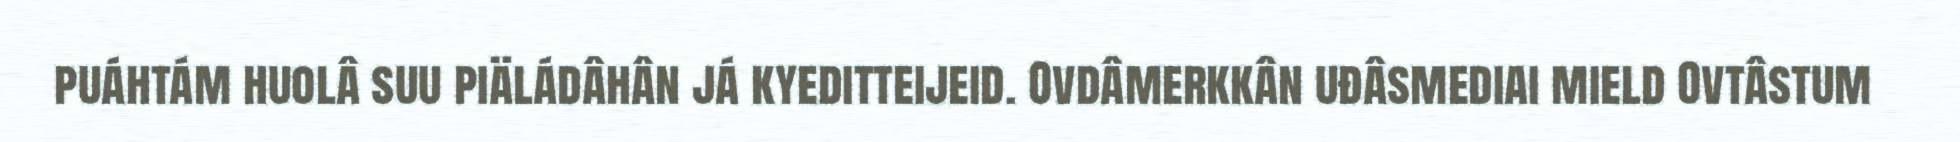
puáhtám huolâ suu piäládâhân já kyeditteijeid. Ovdâmerkkân uđâsmediai mield Ovtâstum